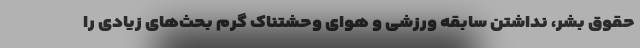
حقوق بشر، نداشتن سابقه ورزشی و هوای وحشتناک گرم بحث‌های زیادی را